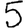
Digit: 5